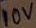
Text: 10V